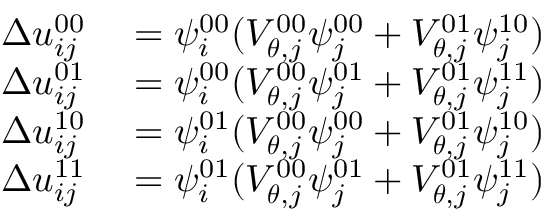
\begin{array} { r l } { \Delta u _ { i j } ^ { 0 0 } } & { { } = \psi _ { i } ^ { 0 0 } ( V _ { \boldsymbol { \theta } , j } ^ { 0 0 } \psi _ { j } ^ { 0 0 } + V _ { \boldsymbol { \theta } , j } ^ { 0 1 } \psi _ { j } ^ { 1 0 } ) } \\ { \Delta u _ { i j } ^ { 0 1 } } & { { } = \psi _ { i } ^ { 0 0 } ( V _ { \boldsymbol { \theta } , j } ^ { 0 0 } \psi _ { j } ^ { 0 1 } + V _ { \boldsymbol { \theta } , j } ^ { 0 1 } \psi _ { j } ^ { 1 1 } ) } \\ { \Delta u _ { i j } ^ { 1 0 } } & { { } = \psi _ { i } ^ { 0 1 } ( V _ { \boldsymbol { \theta } , j } ^ { 0 0 } \psi _ { j } ^ { 0 0 } + V _ { \boldsymbol { \theta } , j } ^ { 0 1 } \psi _ { j } ^ { 1 0 } ) } \\ { \Delta u _ { i j } ^ { 1 1 } } & { { } = \psi _ { i } ^ { 0 1 } ( V _ { \boldsymbol { \theta } , j } ^ { 0 0 } \psi _ { j } ^ { 0 1 } + V _ { \boldsymbol { \theta } , j } ^ { 0 1 } \psi _ { j } ^ { 1 1 } ) } \end{array}